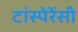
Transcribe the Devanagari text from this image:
टांस्पेरेंसी